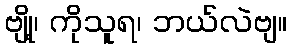
ဗျို့၊ ကိုသူရ၊ ဘယ်လဲဗျ။